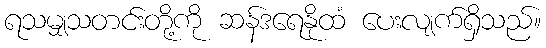
ရသမျှသတင်းတို့ကို ဆန်ဒရေနိုထံ ပေးလျက်ရှိသည်။